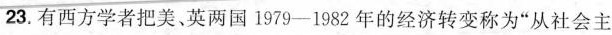
23.有西方学者把美。英两国1979-1982年的经济转变称为”从社会主